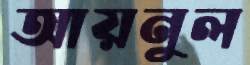
আয়নুল